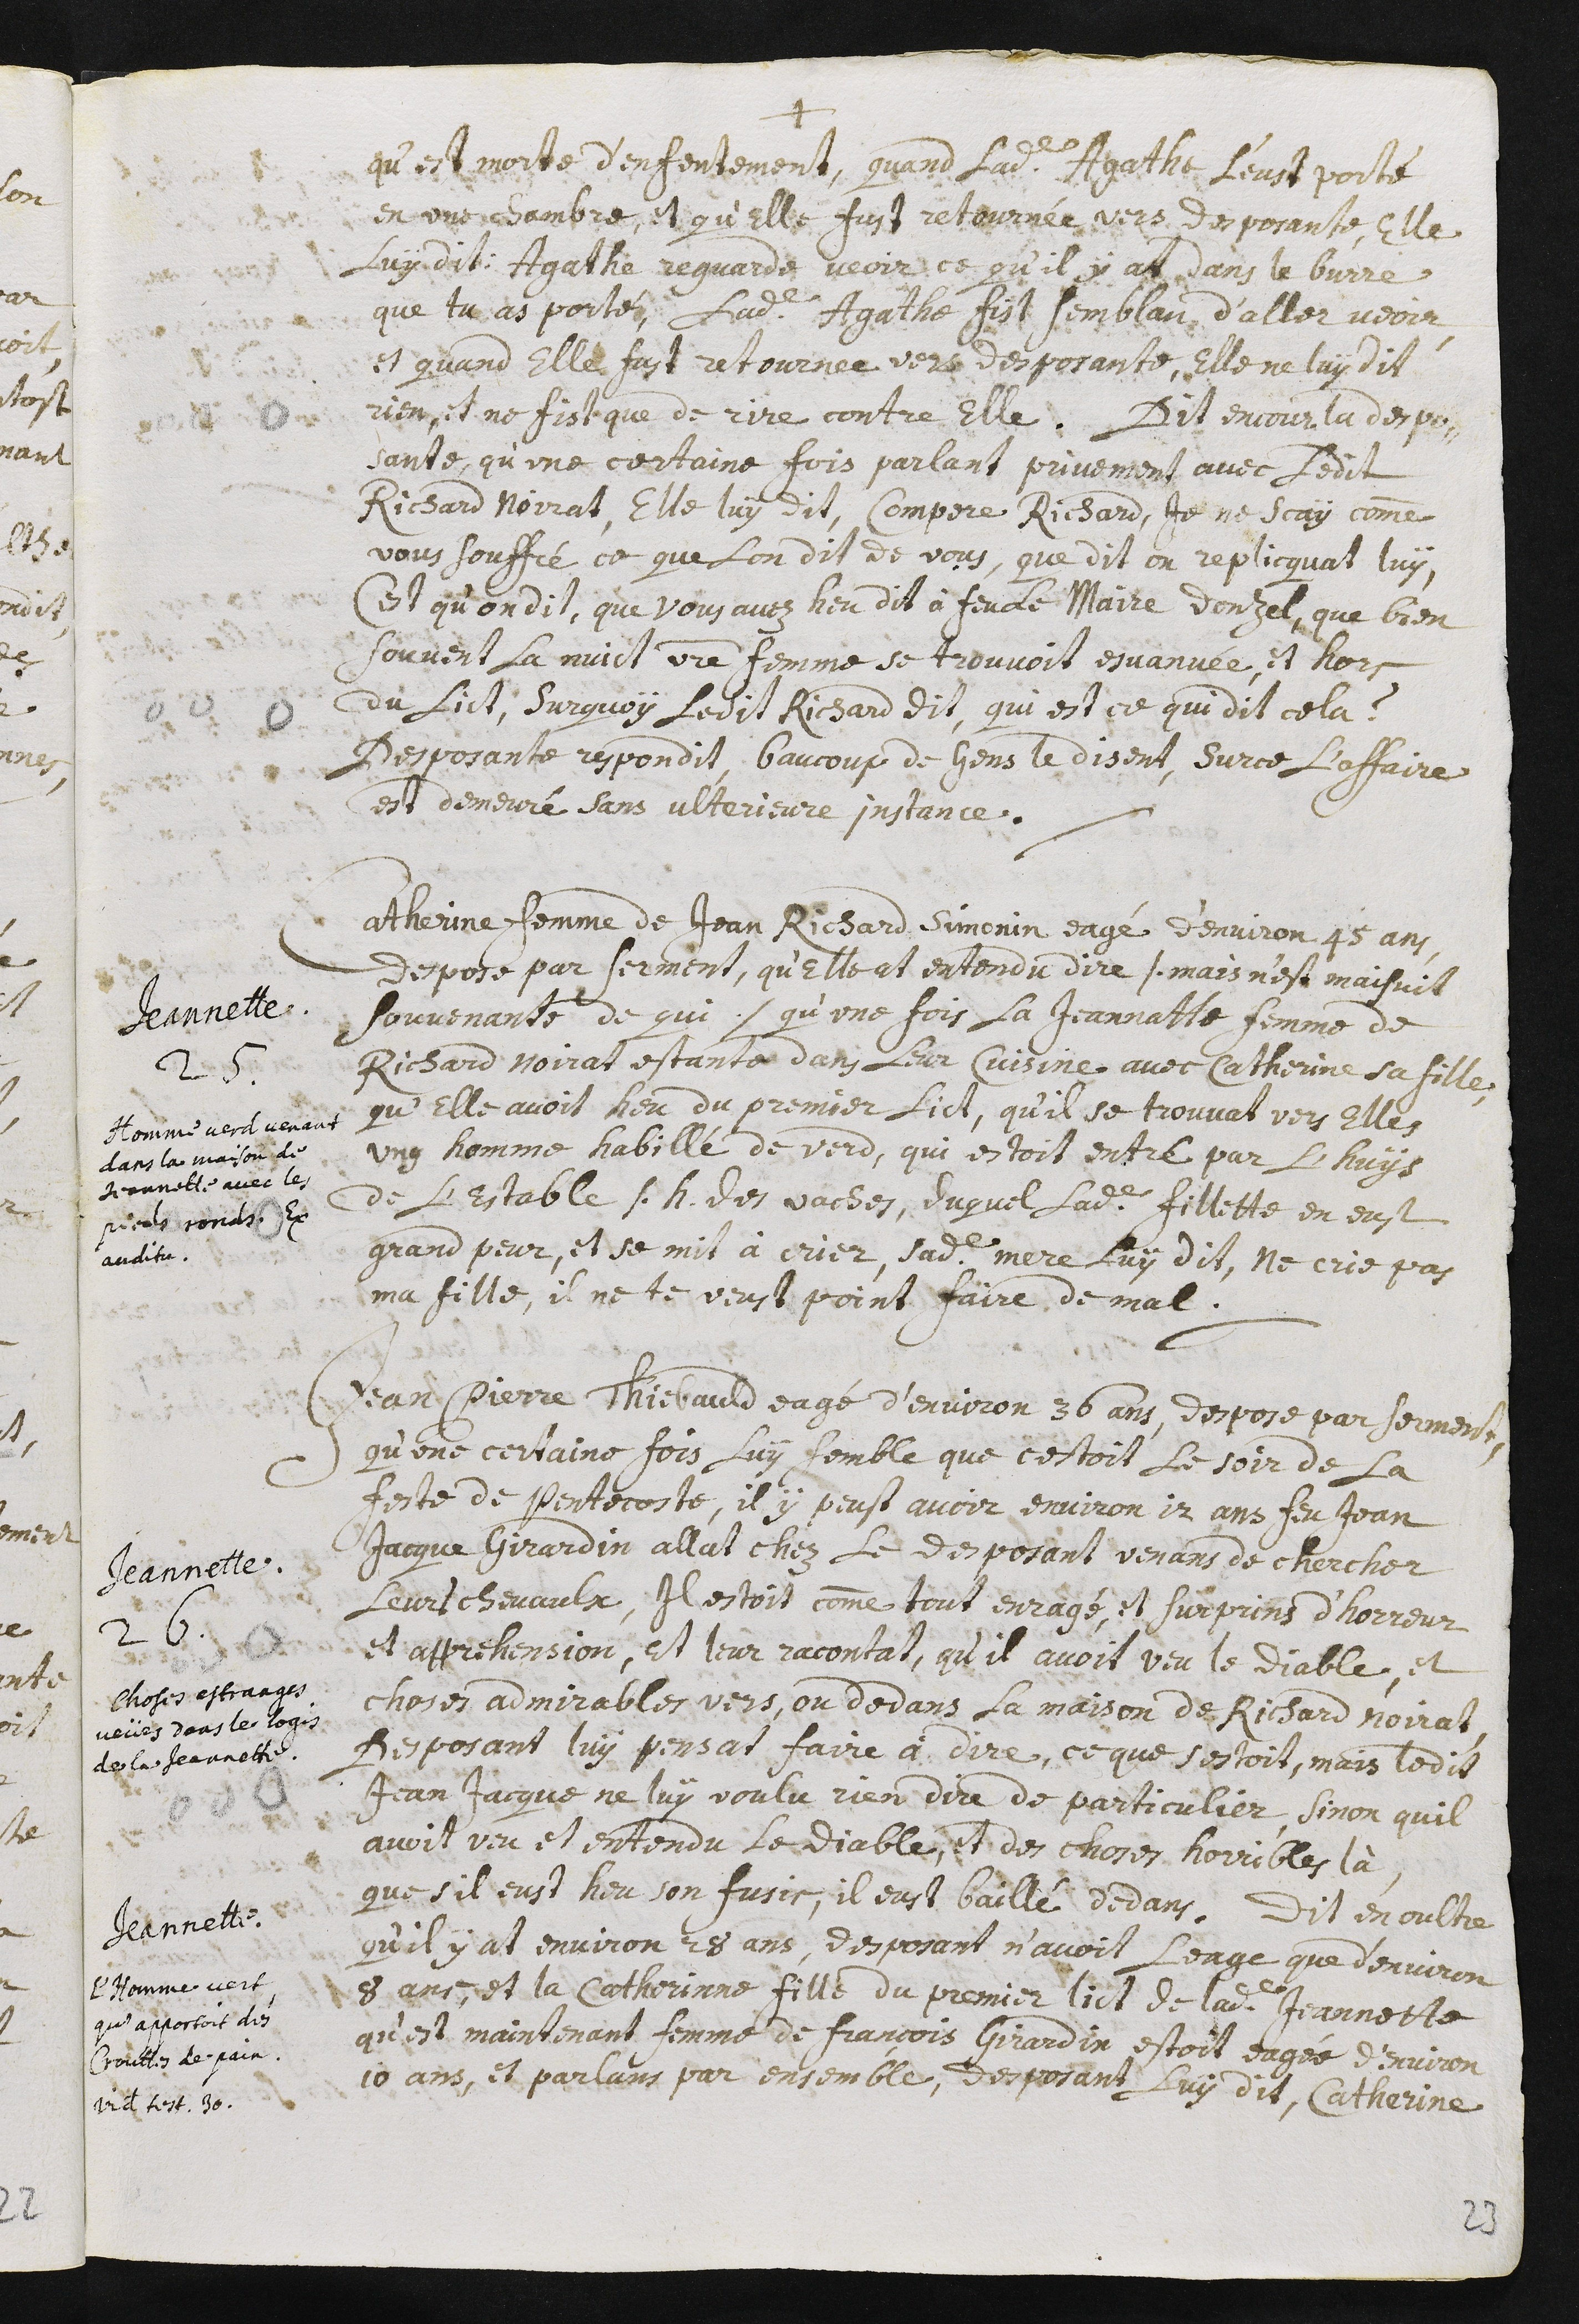
+
qu’est morte d’enfentement, quand ladite Agathe l’eust porté
en une chambre, et qu’elle fust retournée vers desposante, elle
luy dit : Agathe reguarde veoir ce qu’il y at dans le burre
que tu as porté, Ladite Agathe fist semblan d’aller veoir,
et quand elle fust retournée vers desposante, elle ne luy dit
rien, et ne fist que de rire contre elle. Dit encour la despo-
sante, qu’une certaine fois parlant privement avec ledit
Richard Noirat, elle luy dit, Compere Richard, je ne scay comme
vous souffré ce que l’on dit de vous, que dit on replicquat luy,
Cest qu’on dit, que vous avez heu dit à feu de Maire Donzel, que bien
souvent la nuict votre femme se trouvoit esvanuée, et hors
du lict, Sur quoy ledit Richard dit, qui est ce qui dit cela ?
Desposante respondit, baucoup de gens le disent, Sur ce l’affaire
est demeuré sans ulterieure instance.
Jeannette.
Homme verd venant
dans la maison de
Jeannette avec les
pieds ronds. Ex
auditu.
25. Catherine femme de Joan Richard Simonin eagé d’environ 45 ans,
despose par serment, qu’elle at entendu dire /. mais n’est maisuit
souvenante de qui ./ qu’une fois la Jeannatte femme de
Richard Noirat estante dans leur cuisine avec Catherine sa fille,
qu’elle avoit heu du premier lict, qu’il se trouvat vers elles
ung homme habillé de verd, qui estoit entré par l’huys
de l’estable s.h. des vaches, duquel ladite fillette en eust
grand peur, et se mit à crier, sadite mere luy dit, Ne crie pas
ma fille, il ne te veust point faire de mal.
Jeannette.
Choses estranges
veües dans le logis
de la Jeannette.
26. Jean Pierre Thiebauld eagé d’environ 36 ans, despose par serment,
qu’une certaine fois luy semble que c’estoit le soir de la
feste de Pentecoste, il y peust avoir environ 12 ans feu Jean
Jacque Girardin allat chez le deposant venans de chercher
leurs chevaulx, il estoit comme tout enragé, et surprins d’horreur
et apprehension, et leur racontat, qu’il avoit veu le Diable, et
choses admirables vers, ou devans la maison de Richard Noirat,
desposant luy pensat faire à dire, ce que s’estoit, mais ledit
Jean Jacque ne luy voulu rien dire de particulier, sinon qu’il
avoit veu et entendu le Diable, et des choses horribles là,
que s’il eust heu son fusic, il eust baillé dedans.
Jeannette.
L’Homme vert,
qu’apportoit des
Crouttes de pain.
Videte testimonium 30.
Dit en oultre
qu’il y at environ 28 ans, desposant n’avoit l’eage que d’environ
8 ans, et la Catherine fille du premier lict de ladite Jeannette
qu’est maintenant femme de François Girardin estoit eagé d’environ
10 ans, et parlans par ensemble, desposant luy dit, Catherine